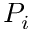
P _ { i }